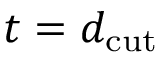
t = d _ { \mathrm { c u t } }